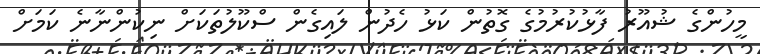
މީހުންގެ ޝުއޫރު ފާޅުކުރުމުގެ ގޮތުން ކަޅު ހެދުން ލައިގެން ސްކޫލުތަކަށް ނިކުންނާނެ ކަމަށް